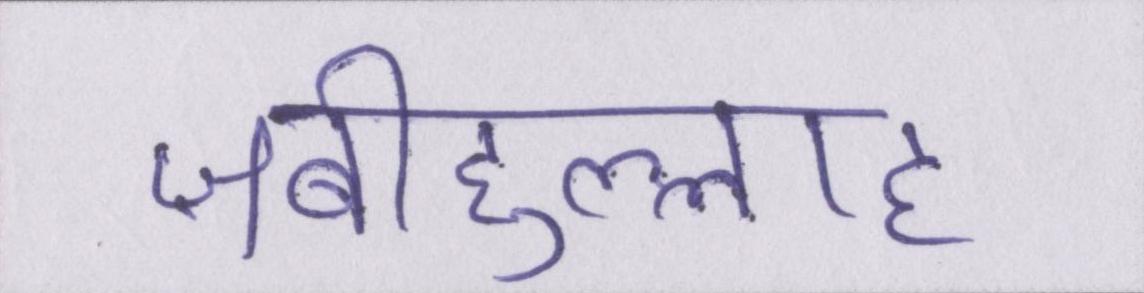
ज़बीहुल्लाह